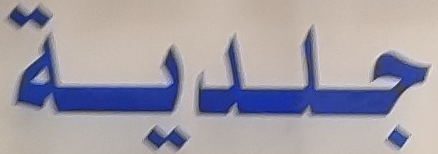
جلدية